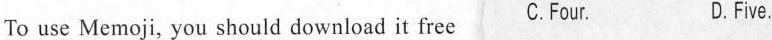
To use Memoji, you should download it free C.Four. D.Fve.